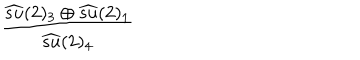
LaTeX: \frac { \widehat { s u } ( 2 ) _ { 3 } \oplus \widehat { s u } ( 2 ) _ { 1 } } { \widehat { s u } ( 2 ) _ { 4 } }